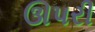
ઊપરી